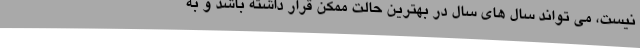
نیست، می تواند سال های سال در بهترین حالت ممکن قرار داشته باشد و به